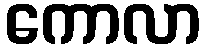
ကောလာ